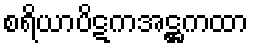
စရိယာပိဋကအဋ္ဌကထာ